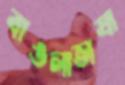
বাঙলাভাষা